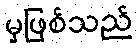
မှဖြစ်သည်